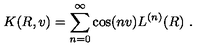
K ( R , v ) = \sum _ { n = 0 } ^ { \infty } \cos ( n v ) L ^ { ( n ) } ( R ) \ .